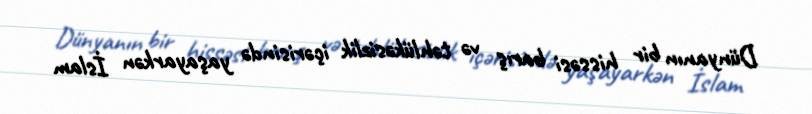
Dünyanın bir hissəsi barış və təhlükəsizlik içərisində yaşayarkən İslam